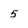
Character: 5